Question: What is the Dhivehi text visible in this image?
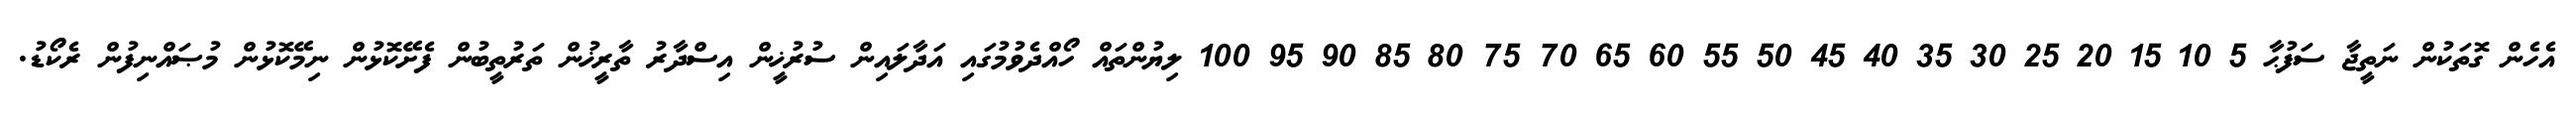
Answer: އެހެން ގޮތަކުން ނަތީޖާ ސަފުޙާ 5 10 15 20 25 30 35 40 45 50 55 60 65 70 75 80 85 90 95 100 ލިޔުންތައް ހޯއްދެވުމުގައި އަދާލައިން ސުރުޚީން އިސްދާރު ތާރީޚުން ތަރުތީބުން ފެށޭކޮޅުން ނިމޭކޮޅުން މުޞައްނިފުން ރެކޯޑު.